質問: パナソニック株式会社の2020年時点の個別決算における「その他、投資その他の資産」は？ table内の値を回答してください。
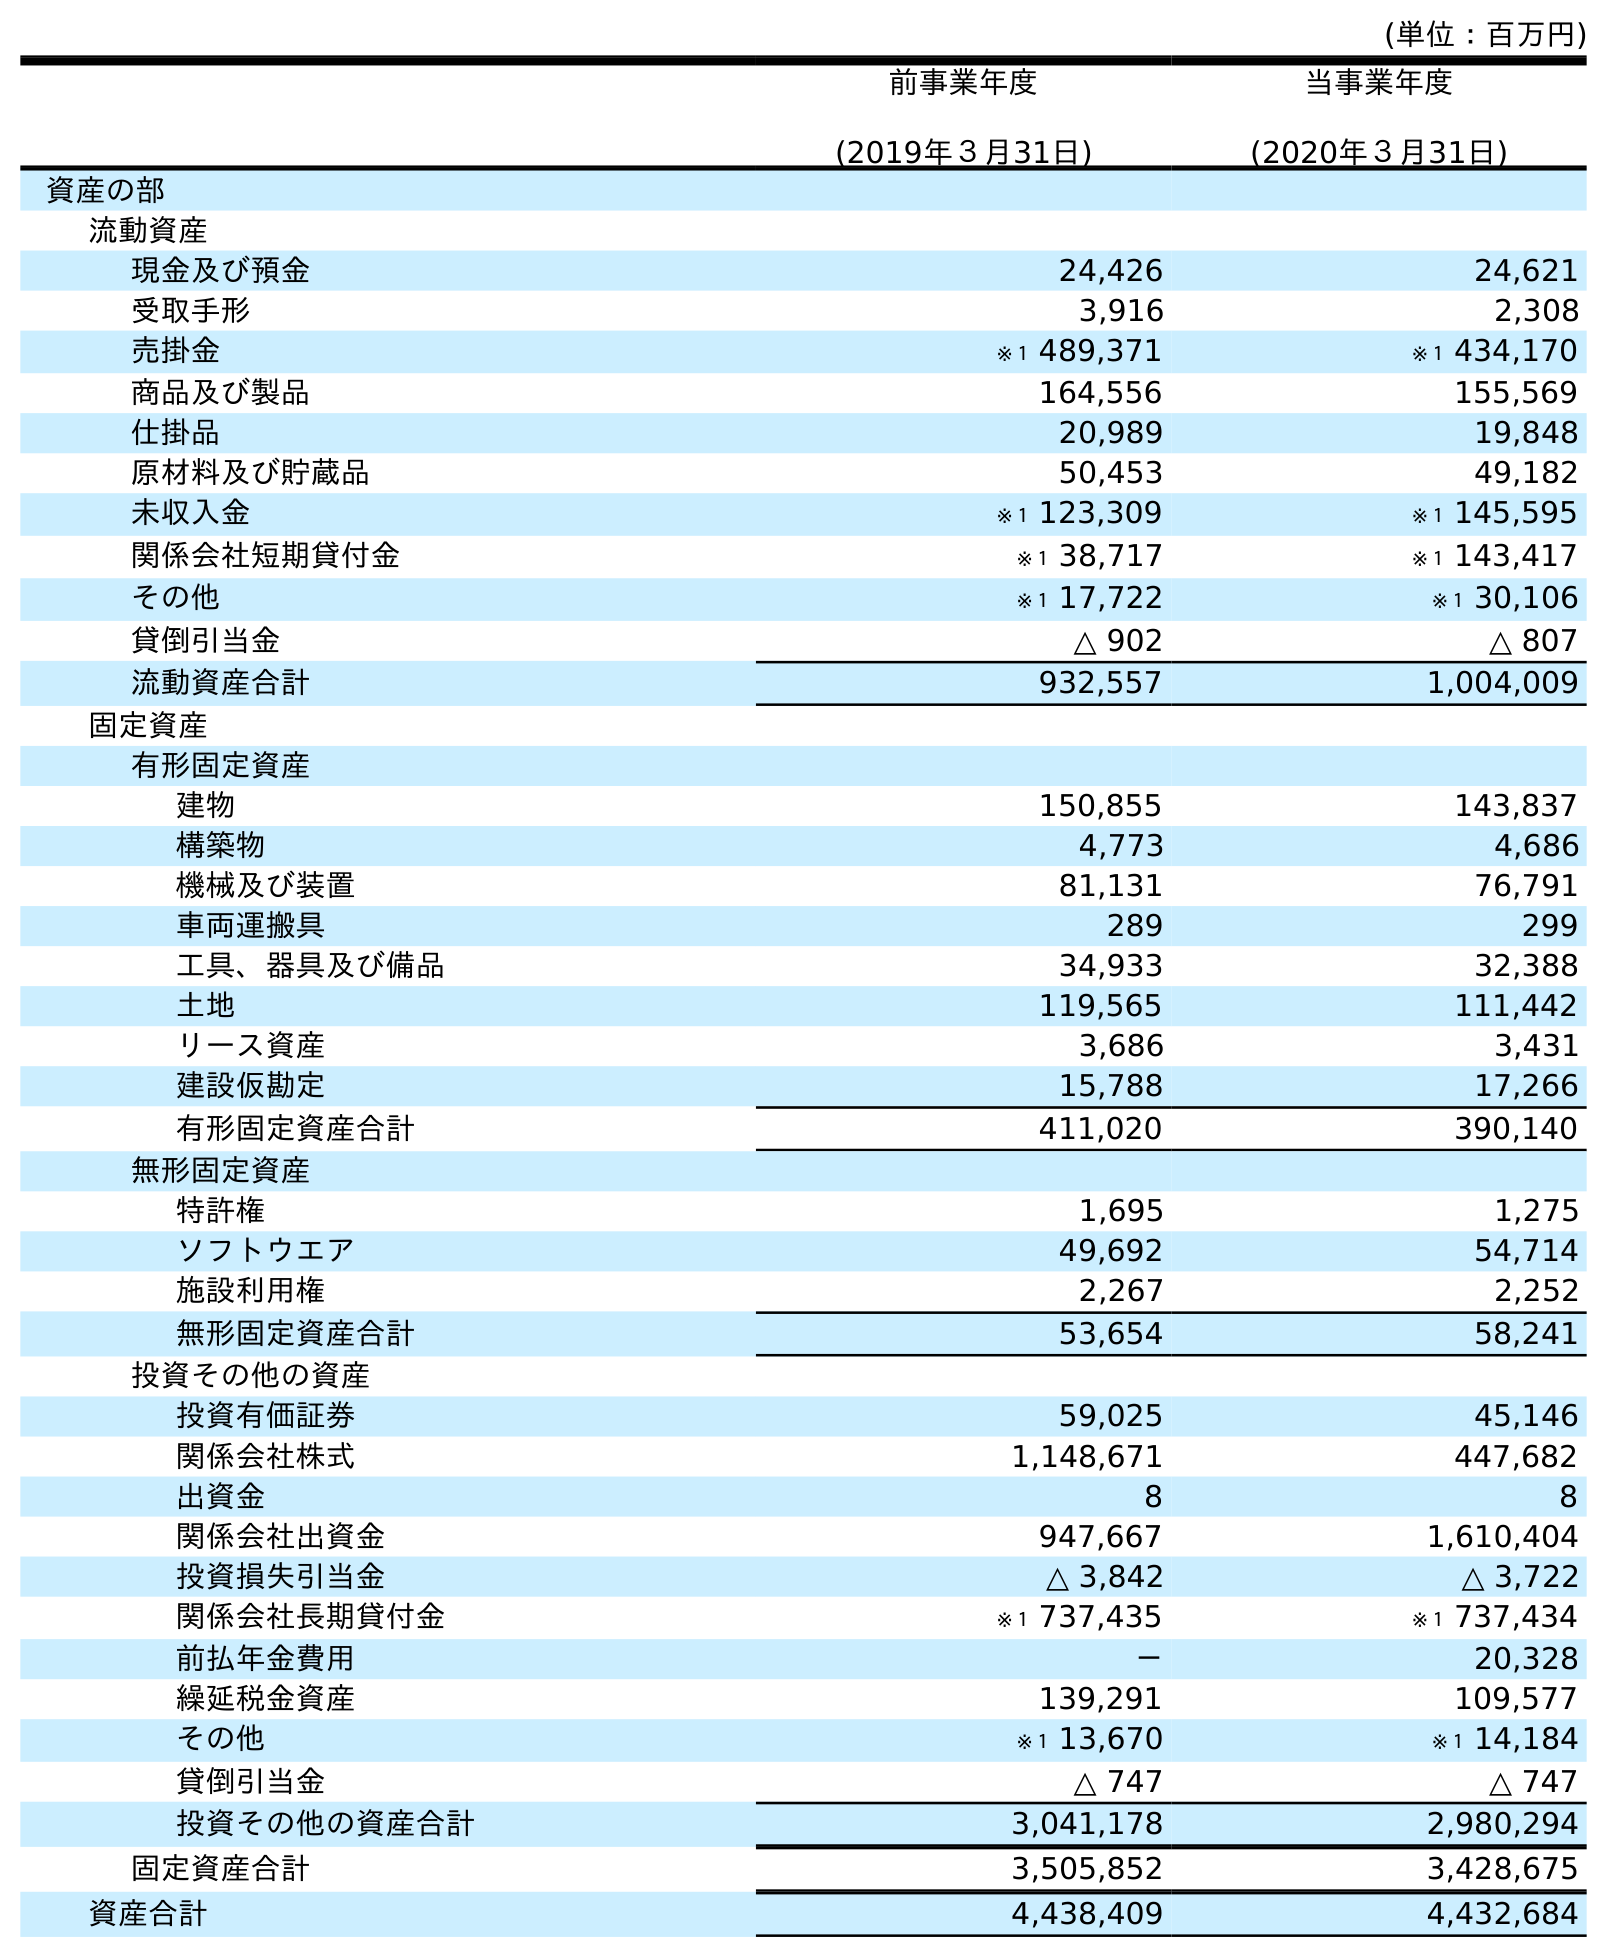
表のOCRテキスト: (単位：百万円) 前事業年度 (2019年３月31日) 当事業年度 (2020年３月31日) 資産の部 流動資産 現金及び預金 24,426 24,621 受取手形 3,916 2,308 売掛金 ※１ 489,371 ※１ 434,170 商品及び製品 164,556 155,569 仕掛品 20,989 19,848 原材料及び貯蔵品 50,453 49,182 未収入金 ※１ 123,309 ※１ 145,595 関係会社短期貸付金 ※１ 38,717 ※１ 143,417 その他 ※１ 17,722 ※１ 30,106 貸倒引当金 △ 902 △ 807 流動資産合計 932,557 1,004,009 固定資産 有形固定資産 建物 150,855 143,837 構築物 4,773 4,686 機械及び装置 81,131 76,791 車両運搬具 289 299 工具、器具及び備品 34,933 32,388 土地 119,565 111,442 リース資産 3,686 3,431 建設仮勘定 15,788 17,266 有形固定資産合計 411,020 390,140 無形固定資産 特許権 1,695 1,275 ソフトウエア 49,692 54,714 施設利用権 2,267 2,252 無形固定資産合計 53,654 58,241 投資その他の資産 投資有価証券 59,025 45,146 関係会社株式 1,148,671 447,682 出資金 8 8 関係会社出資金 947,667 1,610,404 投資損失引当金 △ 3,842 △ 3,722 関係会社長期貸付金 ※１ 737,435 ※１ 737,434 前払年金費用 － 20,328 繰延税金資産 139,291 109,577 その他 ※１ 13,670 ※１ 14,184 貸倒引当金 △ 747 △ 747 投資その他の資産合計 3,041,178 2,980,294 固定資産合計 3,505,852 3,428,675 資産合計 4,438,409 4,432,684
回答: ※１14,184